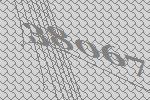
38067